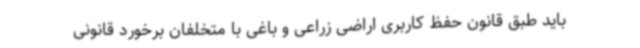
باید طبق قانون حفظ کاربری اراضی زراعی و باغی با متخلفان برخورد قانونی